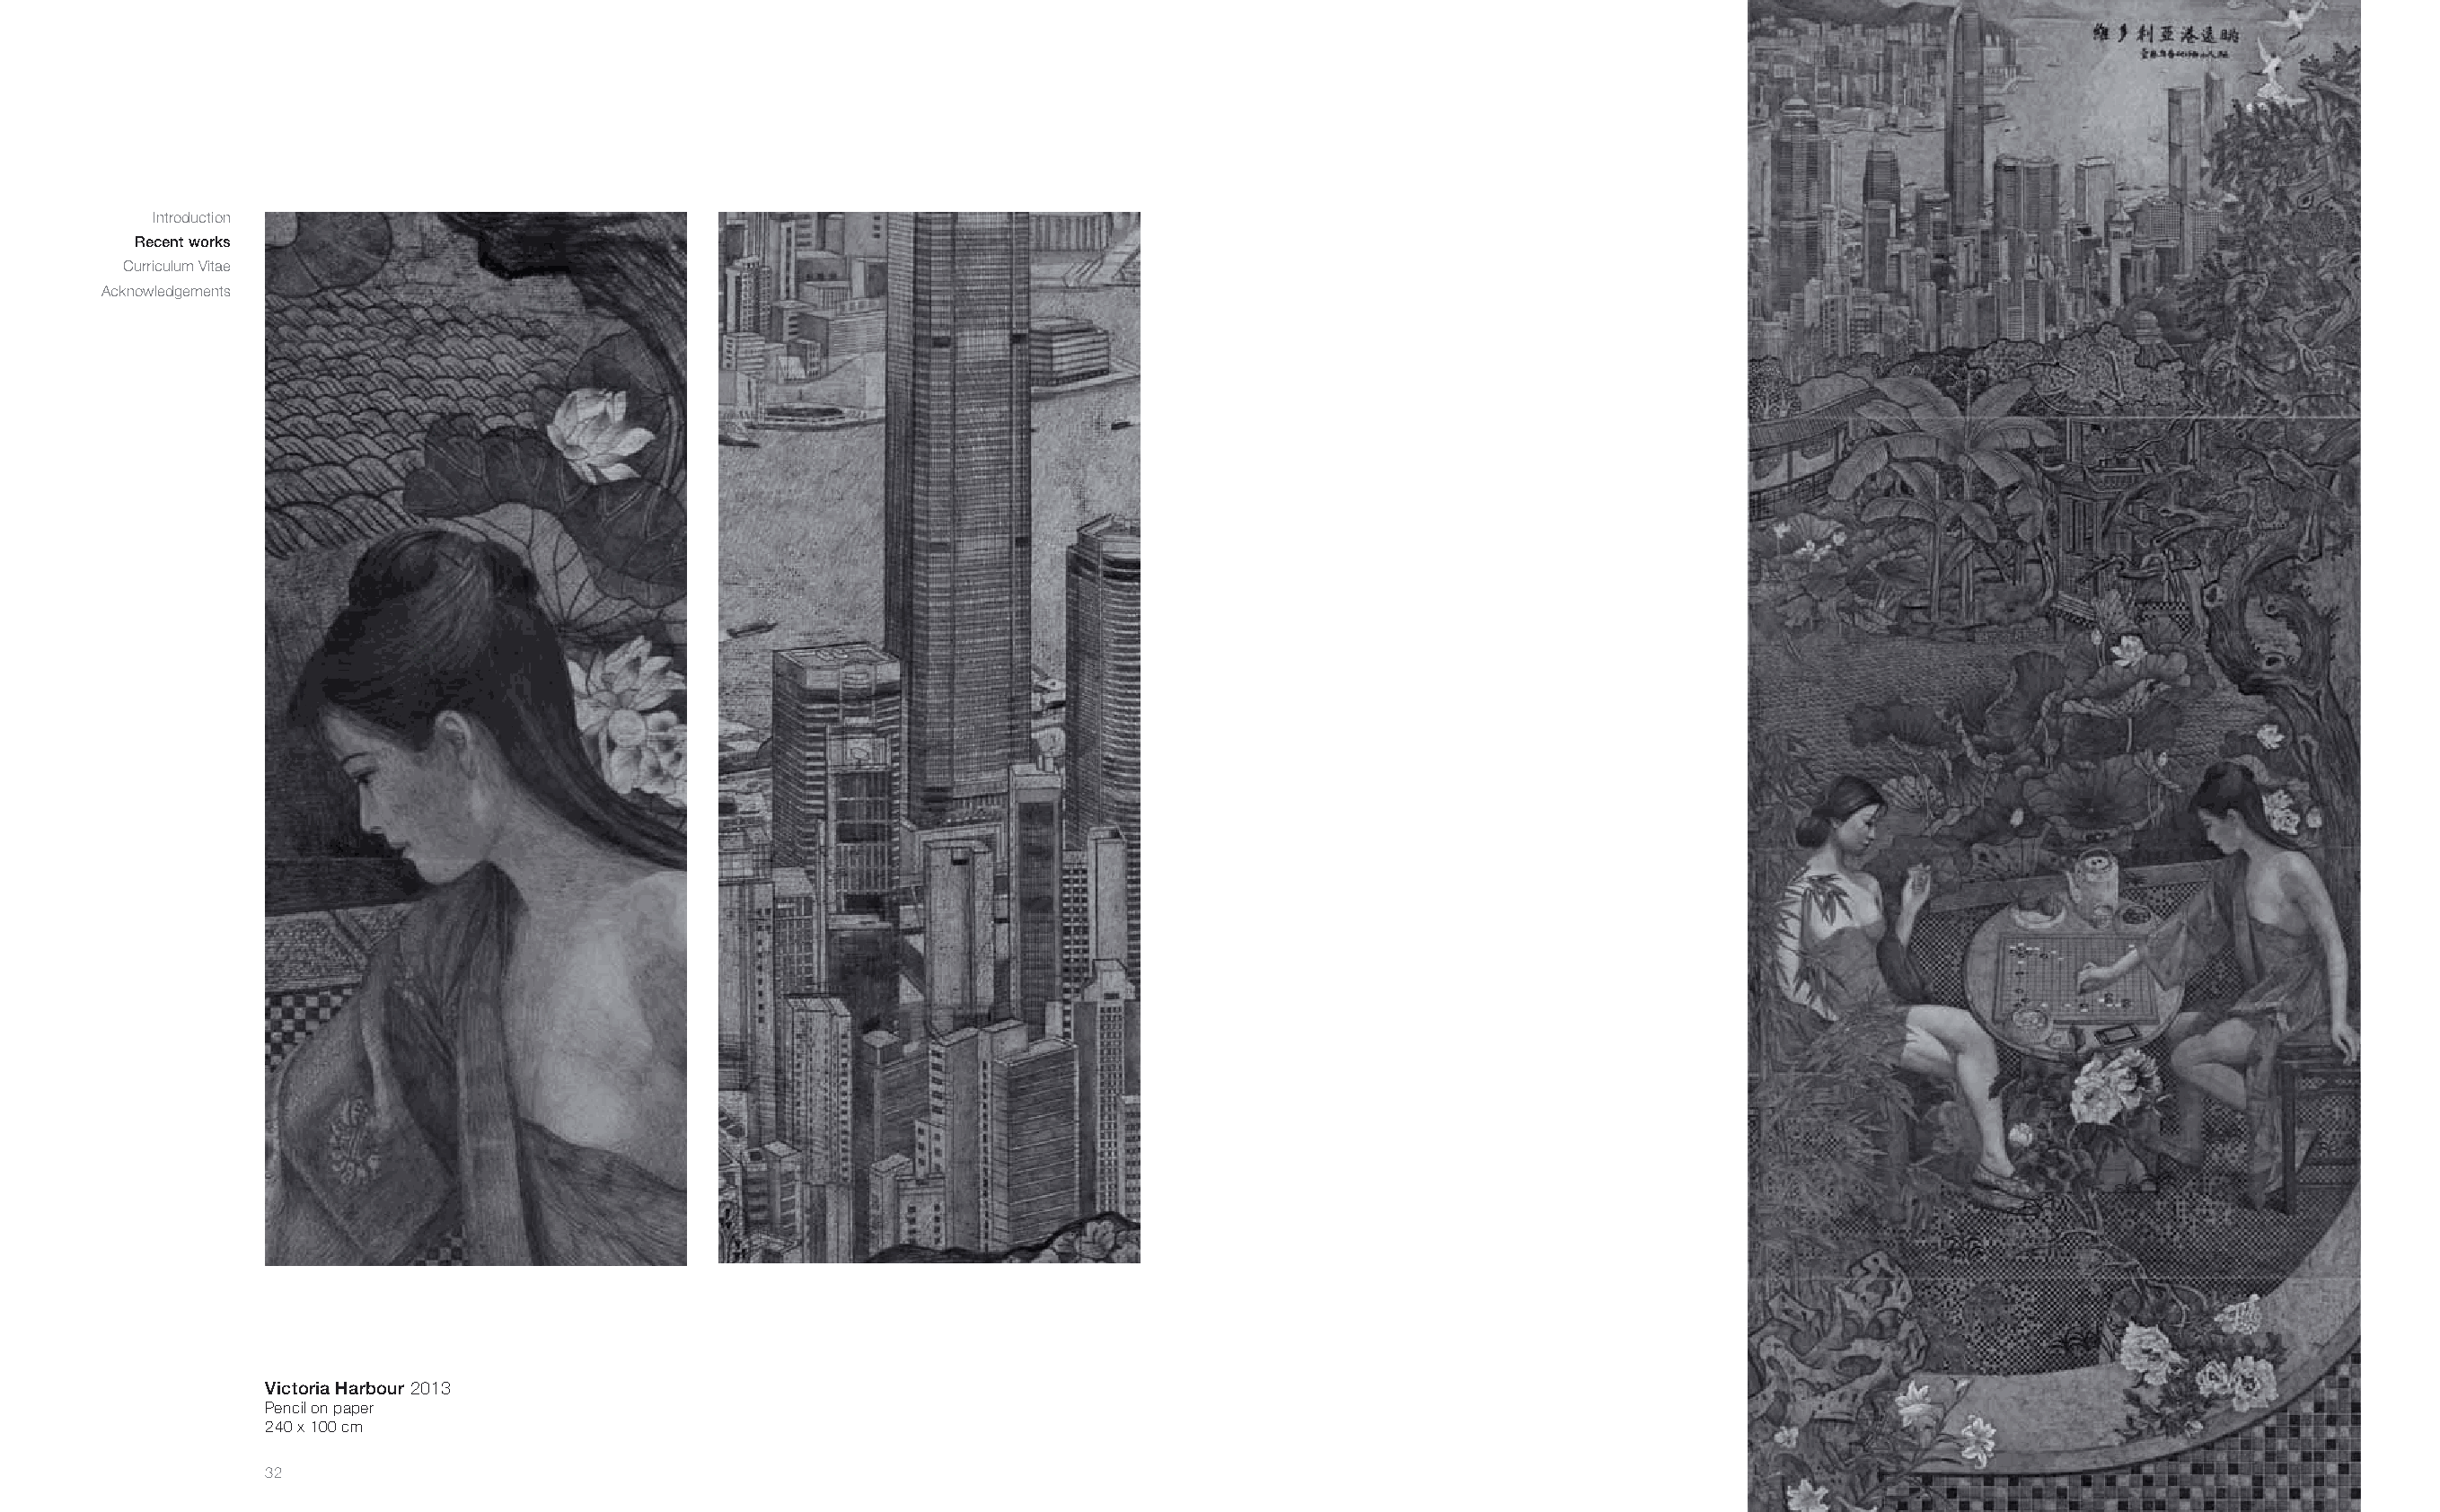
Introduction
 Recent works
 Curriculum Vitae
 Acknowledgements
 Victoria Harbour 2013
 Pencil on paper
 240 x 100 cm
 32                                                                                                                                                       33